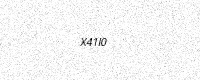
Text: X41I0